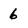
Character: 6